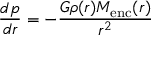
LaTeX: { \frac { d p } { d r } } = - { \frac { G \rho ( r ) M _ { \mathrm { e n c } } ( r ) } { r ^ { 2 } } }